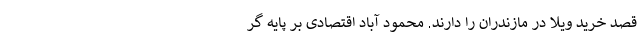
قصد خرید ویلا در مازندران را دارند. محمود آباد اقتصادی بر پایه گر